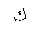
Letter: _kaf